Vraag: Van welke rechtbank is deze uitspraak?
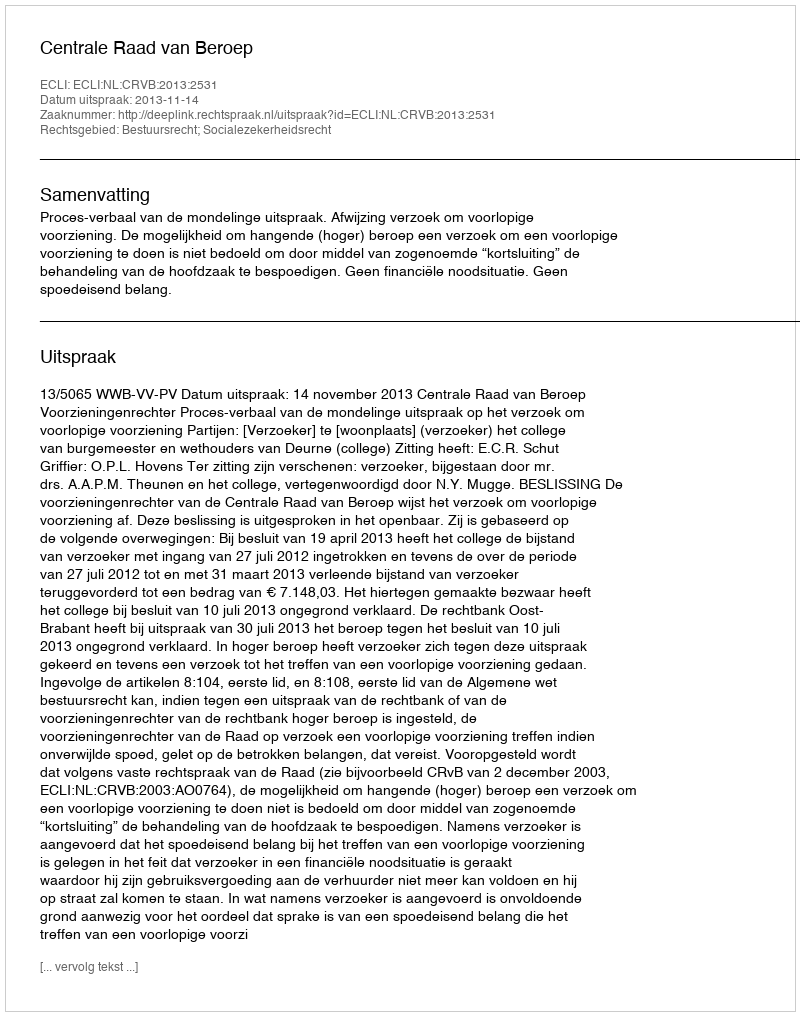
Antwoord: Centrale Raad van Beroep